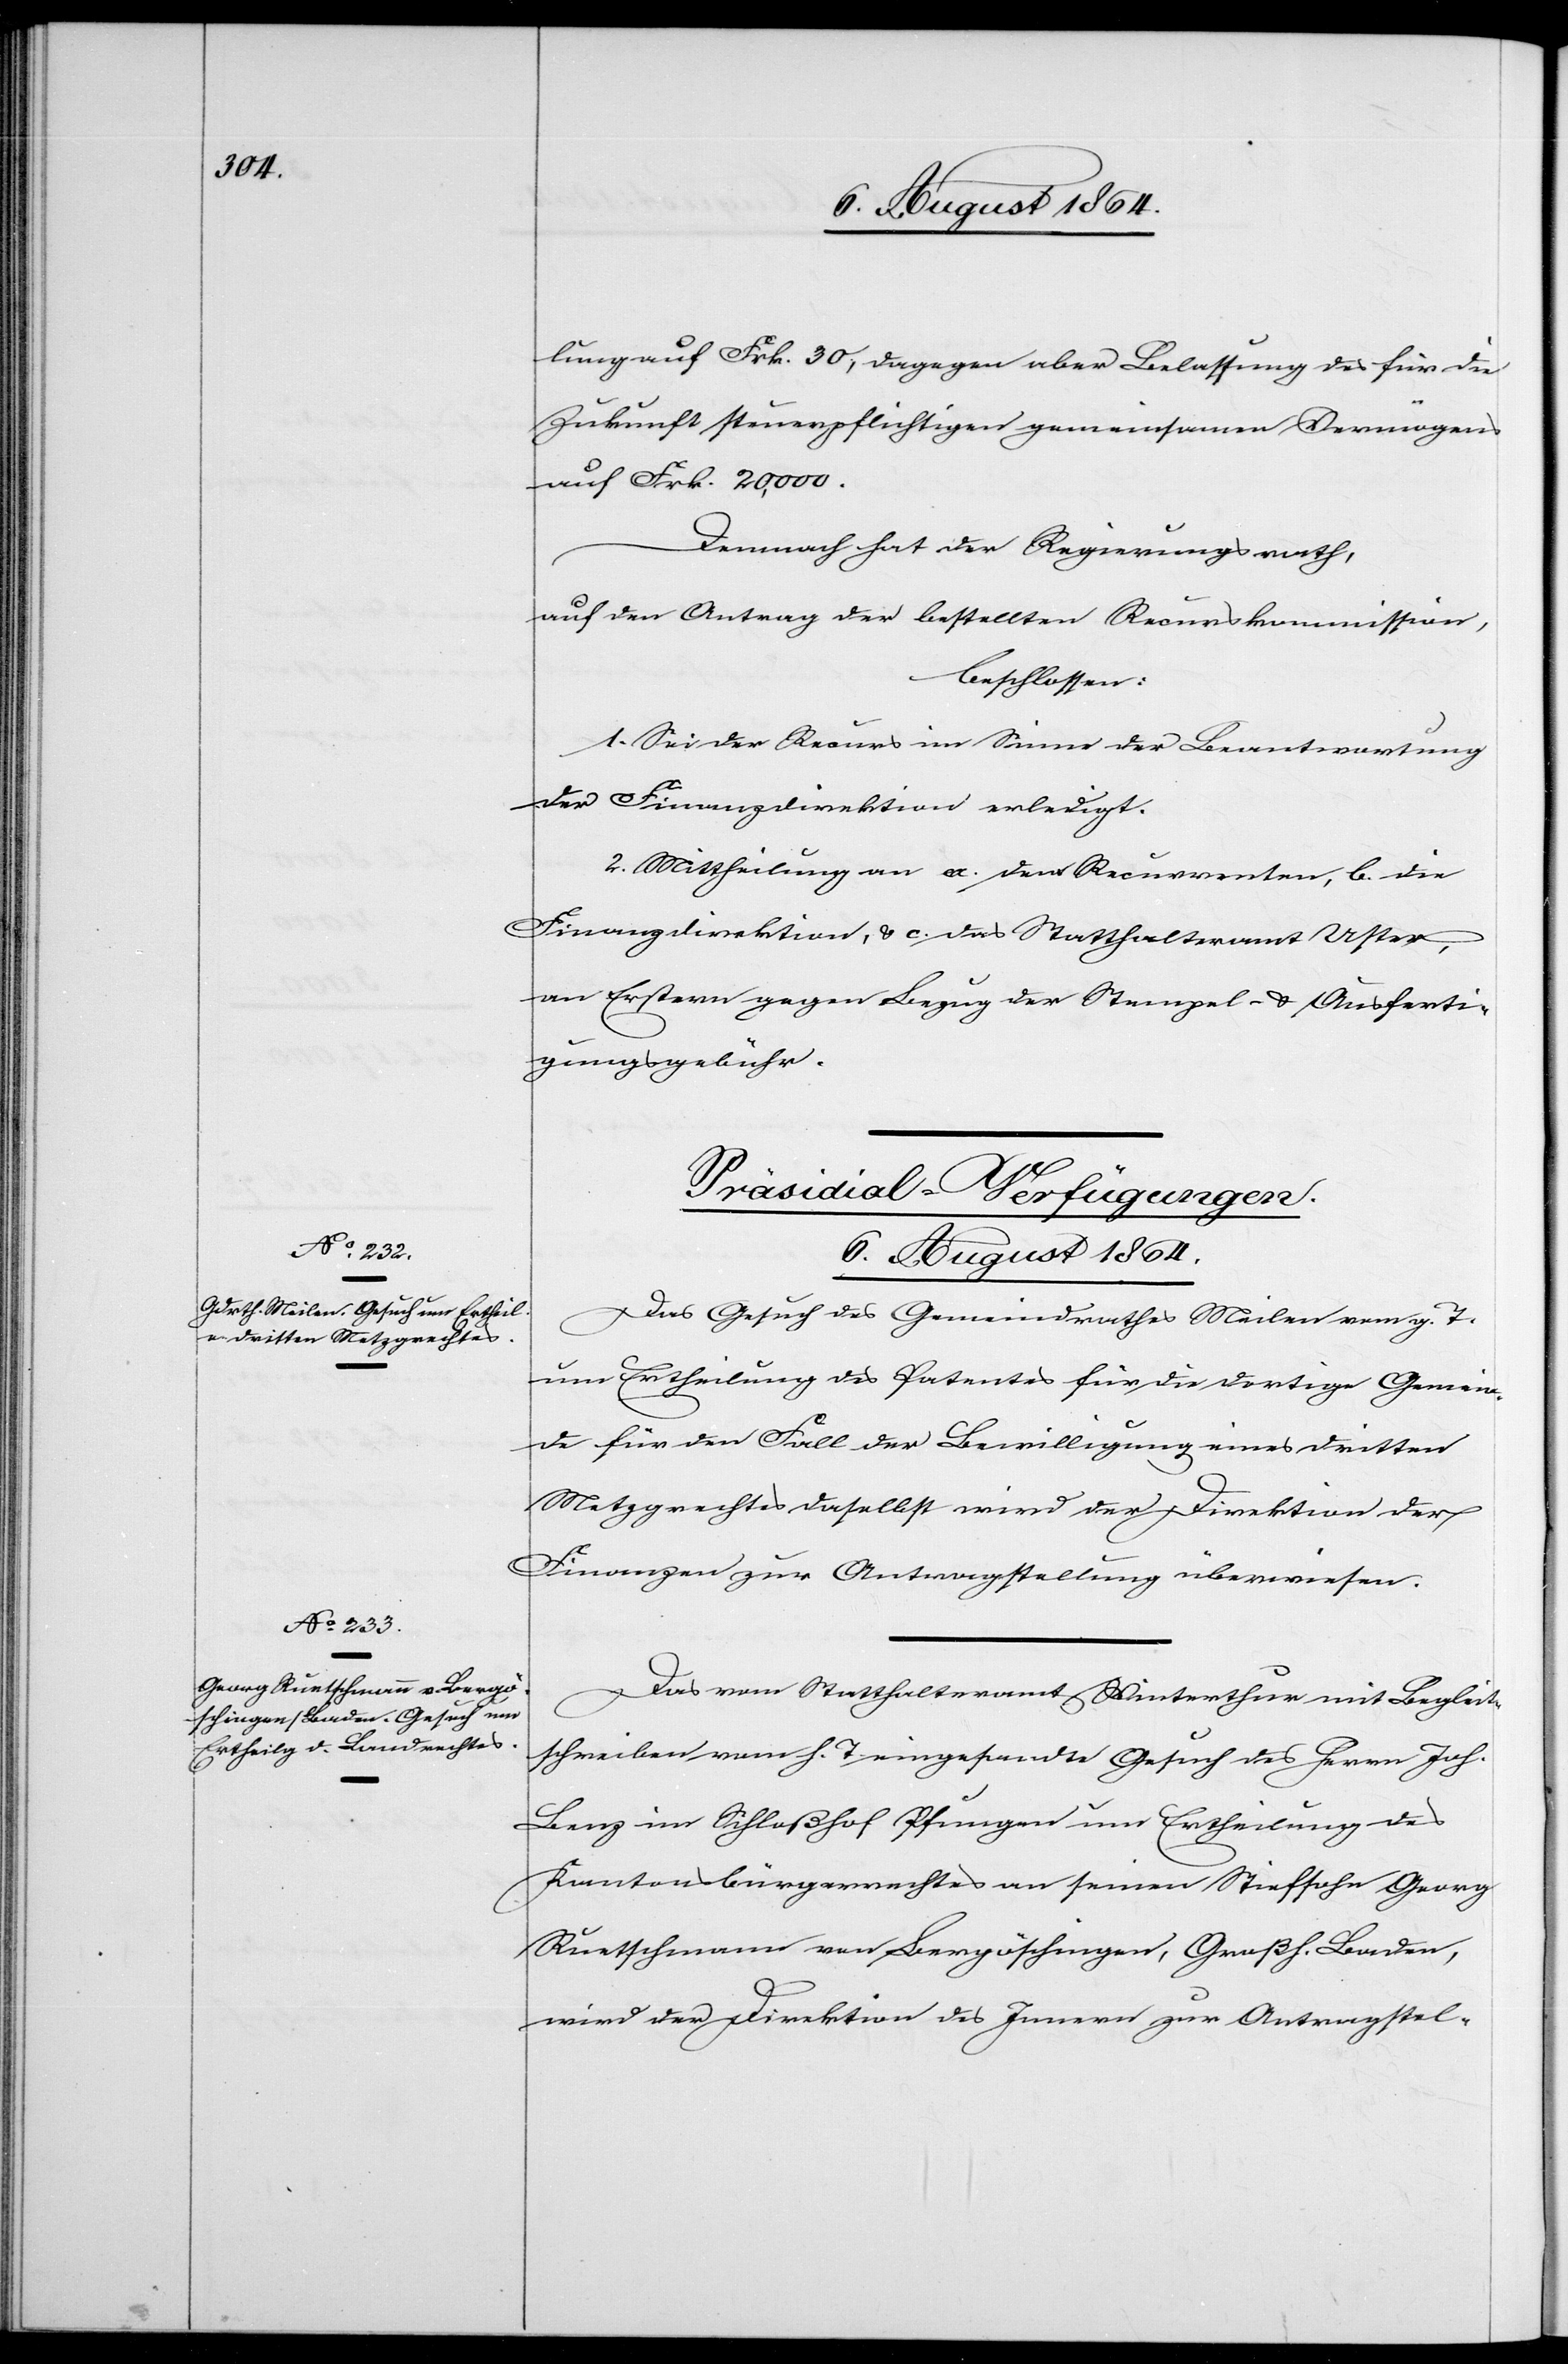
[Präsidial-Verfügungen.
6. August 1864.]
Das Gesuch des Gemeindrathes Meilen vom g. T.
um Ertheilung des Patentes für die dortige Gemein¬
de für den Fall der Bewilligung eines dritten
Metzgrechtes daselbst wird der Direktion der
Finanzen zur Antragstellung überwiesen.
Das vom Statthalteramt Winterthur mit Begleit¬
schreiben vom h. T. eingesandte Gesuch des Herrn Joh.
Benz im Schloßhof Pfungen um Ertheilung des
Kantonsbürgerrechtes an seinen Stiefsohn Georg
Ruetschmann vom Bergöschingen, Großh. Baden,
wird der Direktion des Innern zur Antragstel-